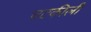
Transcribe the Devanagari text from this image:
चटकीली